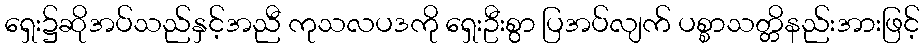
ရှေး၌ဆိုအပ်သည်နှင့်အညီ ကုသလပဒကို ရှေးဦးစွာ ပြအပ်လျက် ပစ္စာသတ္တိနည်းအားဖြင့်